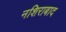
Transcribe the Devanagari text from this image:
नशिराबाद